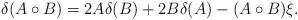
LaTeX: \begin{align*}\delta(A\circ B)=2A\delta(B)+2B\delta(A)-(A\circ B)\xi.\end{align*}